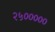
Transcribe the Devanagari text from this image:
२५०००००